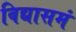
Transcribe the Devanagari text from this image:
विद्यासमं